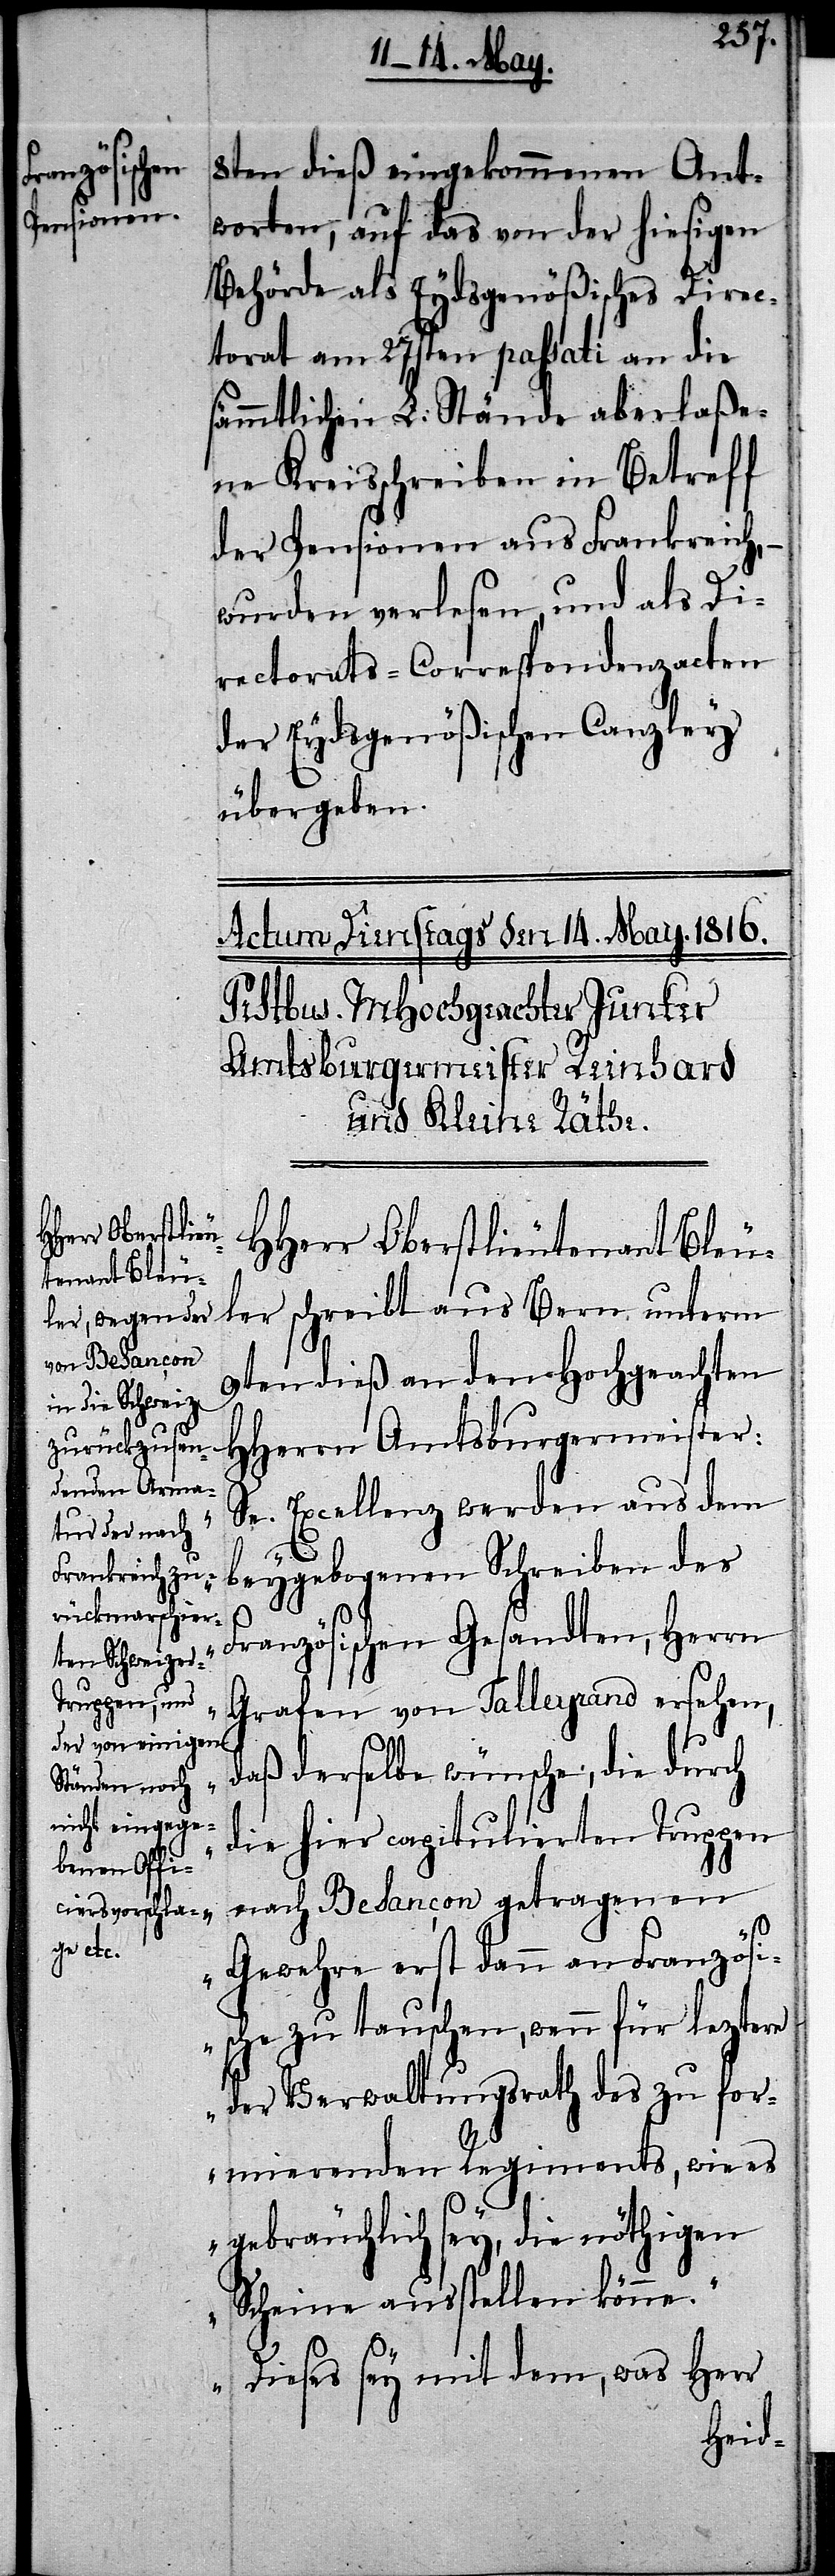
8ten dieß eingekommenen Ant¬
worten, auf das von der hiesigen
Behörde als Eydsgenößisches Direc¬
torat am 27sten passati an die
sämmtlichen L. Stände aberlaße¬
ne Kreisschreiben in Betreff
der Pensionen aus Frankreich,
wurden verlesen, und als Di¬
rectorats-Correspondenzacten
der Eydsgenößischen Canzley
übergeben.
HHerr Oberstlieutenant Bleu¬
ler schreibt aus Bern unterm
9ten dieß an den Hochgeachten
HHerrn Amtsburgermeister:
„Se. Excellenz werden aus dem
beygebogenen Schreiben des
Französischen Gesandten, Herrn
Grafen von Talleyrand ersehen,
daß derselbe wünsche, die durch
die hier capitulierten Truppen
nach Besancon getragenen
Gewehre erst dann an Französi¬
sche zu tauschen, wenn für leztere
der Verwaltungsrath des zu for¬
mierenden Regiments, wie es
gebräuchlich sey, die nöthigen
Scheine ausstellen könne.
Dieses sey mit dem, was Herr